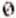
0